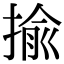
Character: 揄